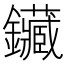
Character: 鑶